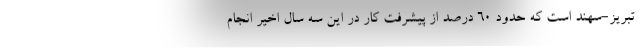
تبریز-سهند است که حدود ۶۰ درصد از پیشرفت کار در این سه سال اخیر انجام